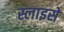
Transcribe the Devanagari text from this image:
स्लाइसें